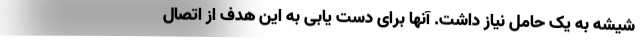
شیشه به یک حامل نیاز داشت. آنها برای دست یابی به این هدف از اتصال